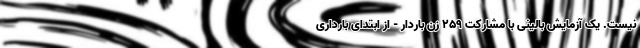
نیست. یک آزمایش بالینی با مشارکت ۲۵۹ زن باردار - از ابتدای بارداری